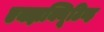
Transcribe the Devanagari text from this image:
एक्झक्यिूटिव्ह